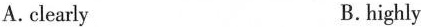
A.clearly B.highly